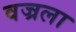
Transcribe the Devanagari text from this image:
वज्रला